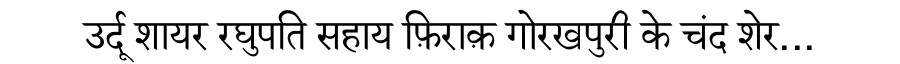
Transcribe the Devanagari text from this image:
उर्दू शायर रघुपति सहाय फ़िराक़ गोरखपुरी के चंद शेर...